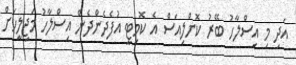
އަދި މި އިސްލާހު ބޭރު ކޮށްލިއަސް އެ ކޮމިޓީ އުފެދެންދެން އިސްލާހު މަޖިލީހަށް